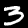
Label: 3